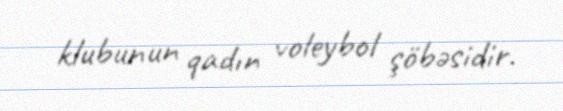
klubunun qadın voleybol şöbəsidir.